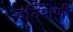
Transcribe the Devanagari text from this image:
दक्शिणी